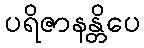
ပရိဇာနန္တိပေ